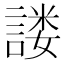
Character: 𰵂